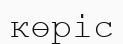
көріс